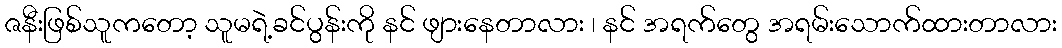
ဇနီးဖြစ်သူကတော့ သူမရဲ့ခင်ပွန်းကို နင် ဖျားနေတာလား ၊ နင် အရက်တွေ အရမ်းသောက်ထားတာလား